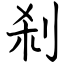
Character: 刹